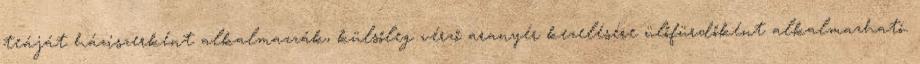
teáját háziszerként alkalmazzák, külsőleg vérző aranyér kezelésére ülőfürdőként alkalmazható.